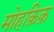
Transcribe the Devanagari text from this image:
मोहक़िक़